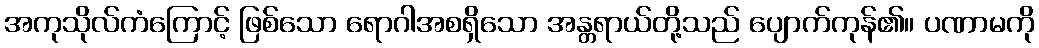
အကုသိုလ်ကံကြောင့် ဖြစ်သော ရောဂါအစရှိသော အန္တရာယ်တို့သည် ပျောက်ကုန်၏။ ပဏာမကို